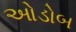
ઓડોબ